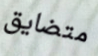
متضايق